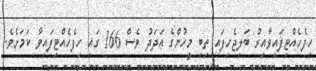
ހިފެހެއްޓިފައިވާއިރު ބަލިޖެހިފައި ތިބި މީހުންގެ ޢަދަދު ވެސް 166 ގައި ހިފެހެއްޓިފައިވާ ކަމަށެވެ.